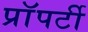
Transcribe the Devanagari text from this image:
प्राॅपर्टी